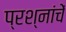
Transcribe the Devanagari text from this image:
प्रश्नांचें